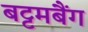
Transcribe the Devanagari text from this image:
बट्टमबैंग